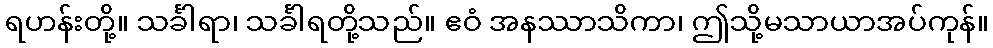
ရဟန်းတို့။ သင်္ခါရာ၊ သင်္ခါရတို့သည်။ ဧဝံ အနဿာသိကာ၊ ဤသို့မသာယာအပ်ကုန်။